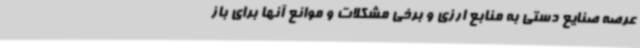
عرصه صنایع دستی به منابع ارزی و برخی مشکلات و موانع آنها برای باز